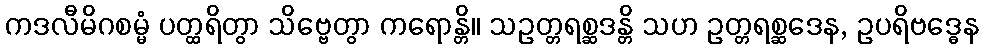
ကဒလီမိဂစမ္မံ ပတ္ထရိတွာ သိဗ္ဗေတွာ ကရောန္တိ။ သဥတ္တရစ္ဆဒန္တိ သဟ ဥတ္တရစ္ဆဒေန, ဥပရိဗဒ္ဓေန